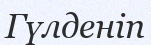
Гүлденіп